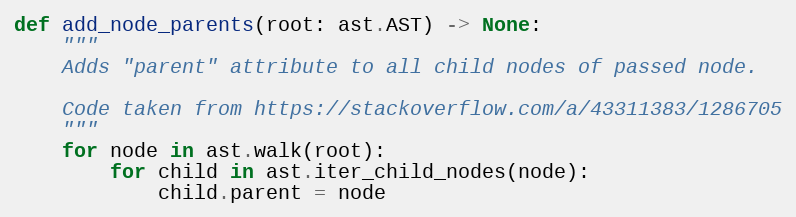
Language: Python
def add_node_parents(root: ast.AST) -> None:
    """
    Adds "parent" attribute to all child nodes of passed node.

    Code taken from https://stackoverflow.com/a/43311383/1286705
    """
    for node in ast.walk(root):
        for child in ast.iter_child_nodes(node):
            child.parent = node